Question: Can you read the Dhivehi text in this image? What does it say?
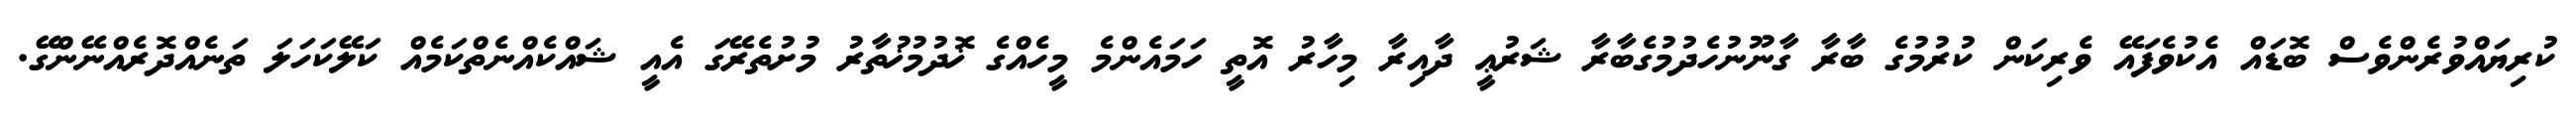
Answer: ކުރިޔައްވުރެންވެސް ބޮޑައް އެކުވެފައޭ ވެރިކަން ކުރުމުގެ ބާރާ ގާނޫނުހެދުމުގެބާރާ ޝަރުޢީ ދާއިރާ މިހާރު އޮތީ ހަމައެންމެ މީހެއްގެ ޚޮދުމުޚުތާރު މުށުތެރޭގަ އެއީ ޝައްކެއްނެތްކަމެއް ކަލޭކަހަލަ ތަނެއްދޮރެއްނޭންގޭ.